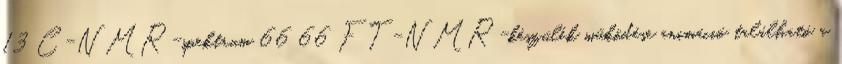
13 C-NMR-spektrum 66 66 FT-NMR-készülék működése animáció található a